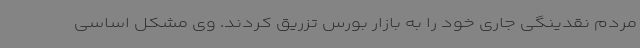
مردم نقدینگی جاری خود را به بازار بورس تزریق کردند. وی مشکل اساسی